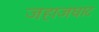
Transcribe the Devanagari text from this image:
जहाजघाट